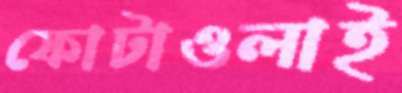
ফোটাওলাই